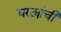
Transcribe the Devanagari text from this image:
घरट्यांची